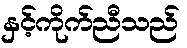
နှင့်ကိုက်ညီသည်